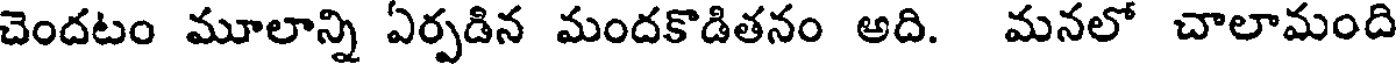
చెందటం మూలాన్ని ఏర్పడిన మందకొడితనం అది. మనలో చాలామంది